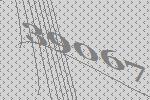
39067